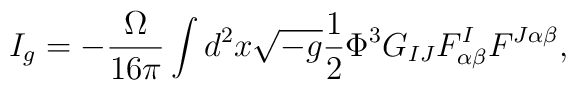
I_{g}=-\frac{\Omega }{16\pi }\int d^{2}x\sqrt{-g}\frac{1}{2}\Phi^{3}G_{IJ}F_{\alpha \beta }^{I}F^{J\alpha \beta },